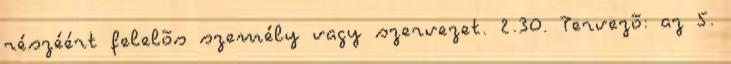
részéért felelõs személy vagy szervezet. 2.30. Tervezõ: az 5.